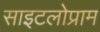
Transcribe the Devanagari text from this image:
साइटलोप्राम